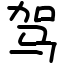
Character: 驾